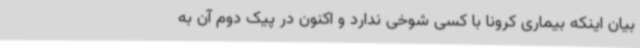
بیان اینکه بیماری کرونا با کسی شوخی ندارد و اکنون در پیک دوم آن به